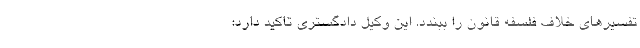
تفسیرهای خلاف فلسفه قانون را ببندد. این وکیل دادگستری تاکید دارد: